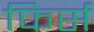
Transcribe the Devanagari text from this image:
फिर्स